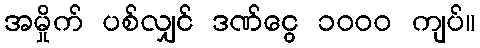
အမှိုက် ပစ်လျှင် ဒဏ်ငွေ ၁၀၀၀ ကျပ်။